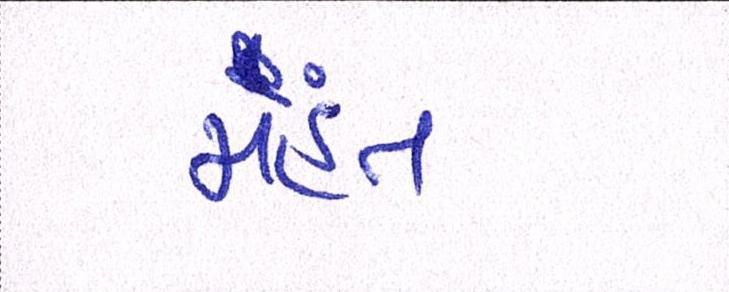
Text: મંહત